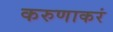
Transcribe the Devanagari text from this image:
करुणाकरं